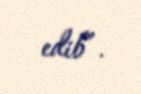
edib”.